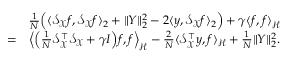
\begin{array} { r l } & { \frac { 1 } { N } \Big ( \langle \ensuremath { \mathcal { S } _ { \mathscr { X } } } f , \ensuremath { \mathcal { S } _ { \mathscr { X } } } f \rangle _ { 2 } + \| Y \| _ { 2 } ^ { 2 } - 2 \langle y , \ensuremath { \mathcal { S } _ { \mathscr { X } } } f \rangle _ { 2 } \Big ) + \gamma \langle f , f \rangle _ { \ensuremath { \mathscr { H } } } } \\ { = } & { \Big \langle \Big ( \frac { 1 } { N } \ensuremath { \mathcal { S } _ { \mathscr { X } } } ^ { \top } \ensuremath { \mathcal { S } _ { \mathscr { X } } } + \gamma I \Big ) f , f \Big \rangle _ { \ensuremath { \mathscr { H } } } - \frac { 2 } { N } \langle \ensuremath { \mathcal { S } _ { \mathscr { X } } } ^ { \top } y , f \rangle _ { \ensuremath { \mathscr { H } } } + \frac { 1 } { N } \| Y \| _ { 2 } ^ { 2 } . } \end{array}